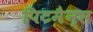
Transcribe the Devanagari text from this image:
पिटमैन्स